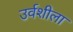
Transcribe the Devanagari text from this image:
उर्वशीला